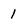
Character: 1